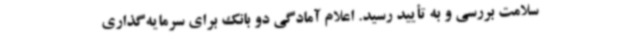
سلامت بررسی و به تأیید رسید. اعلام آمادگی دو بانک برای سرمایه‌گذاری